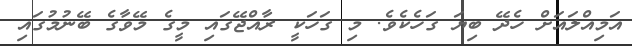
އަމިއްލައަށް ހެދޭ ބިޔަ ގަހެކެވެ. މި ގަހަކީ ރާއްޖޭގައި މީގެ މޭވާގެ ބޭނުމުގައި